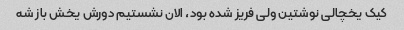
کیک یخچالی نوشتین ولی فریز شده بود، الان نشستیم دورش یخش باز شه